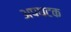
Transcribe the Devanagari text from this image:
अपघटक